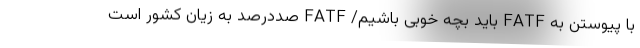
با پیوستن به FATF باید بچه خوبی باشیم/ FATF ‌صددرصد به زیان کشور است